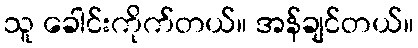
သူ ခေါင်းကိုက်တယ်။ အန်ချင်တယ်။